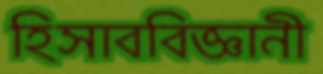
হিসাববিজ্ঞানী